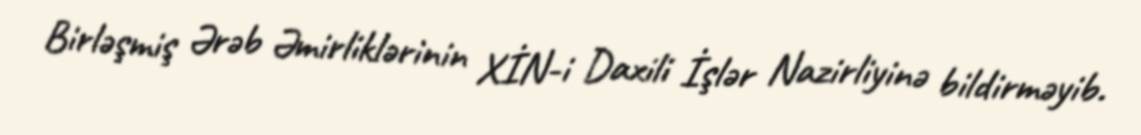
Birləşmiş Ərəb Əmirliklərinin XİN-i Daxili İşlər Nazirliyinə bildirməyib.